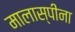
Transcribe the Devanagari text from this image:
मालास्पीना